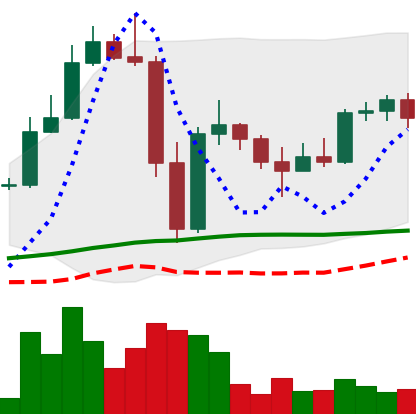
Ticker: LTC-USD
Chart end date: 2022-11-20
Forward return: 19.397%
Label: up_7plus